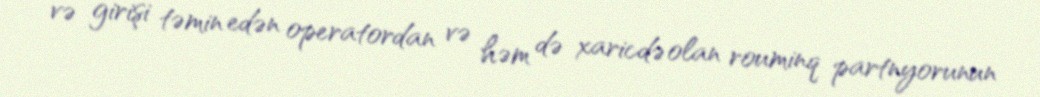
və girişi təmin edən operatordan və həm də xaricdə olan rouminq partnyorunun